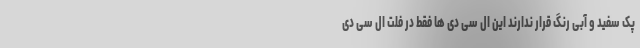
پک سفید و آبی رنگ قرار ندارند این ال سی دی ها فقط در فلت ال سی دی